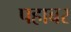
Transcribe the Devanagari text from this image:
पहाबर